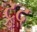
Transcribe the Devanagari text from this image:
ट्रुद्